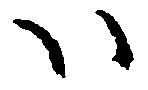
ハ